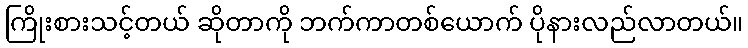
ကြိုးစားသင့်တယ် ဆိုတာကို ဘက်ကာတစ်ယောက် ပိုနားလည်လာတယ်။